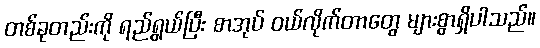
တစ်ခုတည်းကို ရည်ရွယ်ပြီး စာအုပ် ဝယ်လိုက်တာတွေ များစွာရှိပါသည်။